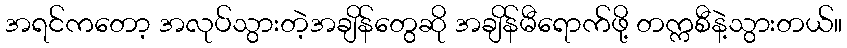
အရင်ကတော့ အလုပ်သွားတဲ့အချိန်တွေဆို အချိန်မီရောက်ဖို့ တက္ကစီနဲ့သွားတယ်။